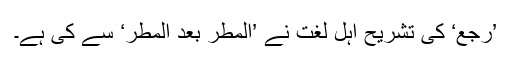
’رَجْعٌ‘ کی تشریح اہل لغت نے ’المطر بعد المطر‘ سے کی ہے۔